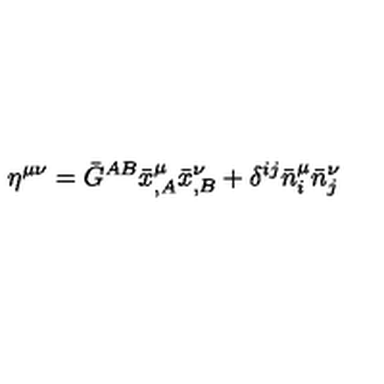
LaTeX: \eta ^ { \mu \nu } = \bar { G } ^ { A B } \bar { x } _ { , A } ^ { \mu } \bar { x } _ { , B } ^ { \nu } + \delta ^ { i j } \bar { n } _ { i } ^ { \mu } \bar { n } _ { j } ^ { \nu }